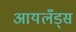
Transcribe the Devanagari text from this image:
आयलँड्स